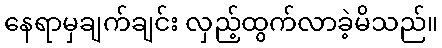
နေရာမှချက်ချင်း လှည့်ထွက်လာခဲ့မိသည်။